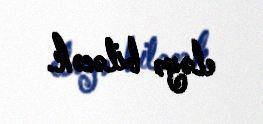
eləyə biləcək.